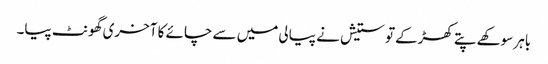
باہر سوکھے پتے کھڑکے تو ستیش نے پیالی میں سے چائے کا آخری گھونٹ پیا۔